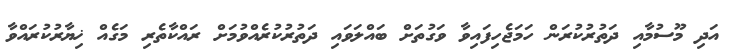
އަދި މޫސުމާއި ދަތުރުކުރަން ހަމަޖެހިފައިވާ ވަގުތަށް ބައްލަވައި ދަތުރުކުރެއްވުމަށް ރައްކާތެރި މަގެއް ޚިޔާރުކުރައްވާ